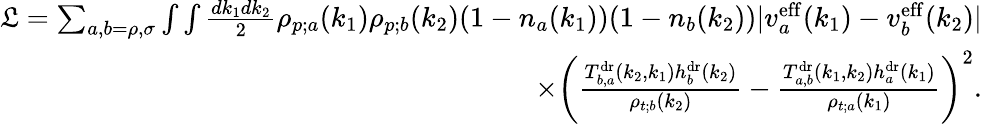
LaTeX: \begin{array}{r}{\mathfrak{L}=\sum_{a,b=\rho,\sigma}\int\int\frac{dk_{1}dk_{2}}{2}\rho_{p;a}(k_{1})\rho_{p;b}(k_{2})(1-n_{a}(k_{1}))(1-n_{b}(k_{2}))|v_{a}^{\mathrm{eff}}(k_{1})-v_{b}^{\mathrm{eff}}(k_{2})|}\\ {\times\left(\frac{T_{b,a}^{\mathrm{dr}}(k_{2},k_{1})h_{b}^{\mathrm{dr}}(k_{2})}{\rho_{t;b}(k_{2})}-\frac{T_{a,b}^{\mathrm{dr}}(k_{1},k_{2})h_{a}^{\mathrm{dr}}(k_{1})}{\rho_{t;a}(k_{1})}\right)^{2}.}\end{array}